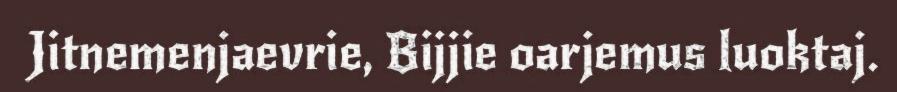
Jitnemenjaevrie, Bijjie oarjemus luoktaj.